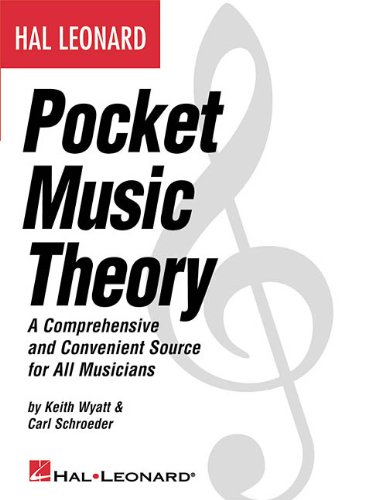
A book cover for Hal Leonard Pocket Music Theory: A Comprehensive and Convenient Source for All Musicians; Carl Schroeder; Arts & Photography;